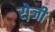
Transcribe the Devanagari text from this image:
रो़जी